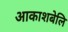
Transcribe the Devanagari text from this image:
आकाशबेलि